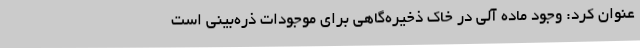
عنوان کرد: وجود ماده آلی در خاک ذخیره‌گاهی برای موجودات ذره‌بینی است